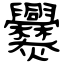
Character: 爨